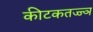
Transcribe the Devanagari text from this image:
कीटकतज्ज्ञ